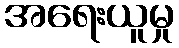
အရေးယူမှု